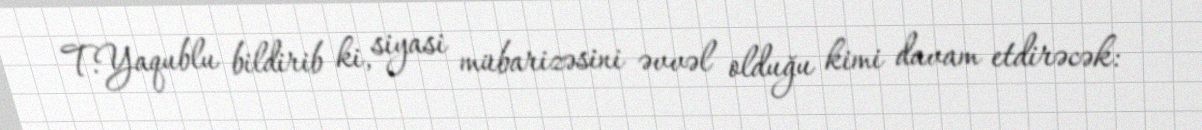
T.Yaqublu bildirib ki, siyasi mübarizəsini əvvəl olduğu kimi davam etdirəcək: